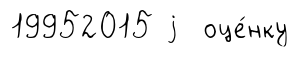
19952015 j оце́нку